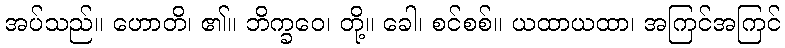
အပ်သည်။ ဟောတိ၊ ၏။ ဘိက္ခဝေ၊ တို့။ ခေါ၊ စင်စစ်။ ယထာယထာ၊ အကြင်အကြင်